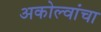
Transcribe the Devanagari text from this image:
अकोल्वांचा